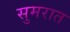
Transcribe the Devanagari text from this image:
सुमरात